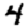
Digit: 4